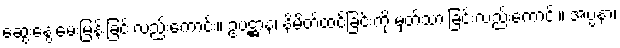
ဆွေးနွေးမေးမြန်းခြင်းလည်းကောင်း။ ဥပဋ္ဌာနံ၊ နိမိတ်ထင်ခြင်းကို မှတ်သားခြင်းလည်းကောင်း။ အပ္ပနာ၊